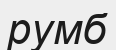
румб